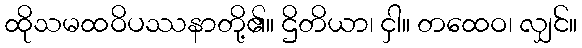
ထိုသမထဝိပဿနာတို့၏။ ဌိတိယာ၊ ငှါ။ တထေဝ၊ လျှင်။